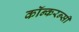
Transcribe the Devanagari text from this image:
कॉन्करन्सी